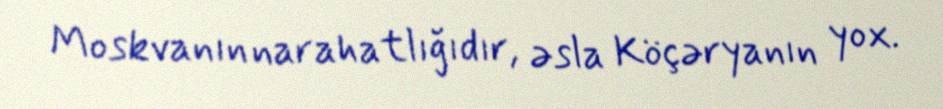
Moskvanın narahatlığıdır, əsla Köçəryanın yox.